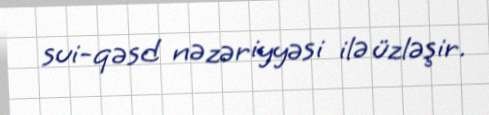
sui-qəsd nəzəriyyəsi ilə üzləşir.